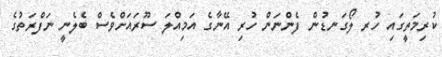
ކުރިމަތީގައި ހުރ ލޯގަނޑުން ފެންނަން ހުރި އޭނާގެ އަމިއްލަ ސޫރައަށްވެސް ބެލެނީ ނަފްރަތުގެ